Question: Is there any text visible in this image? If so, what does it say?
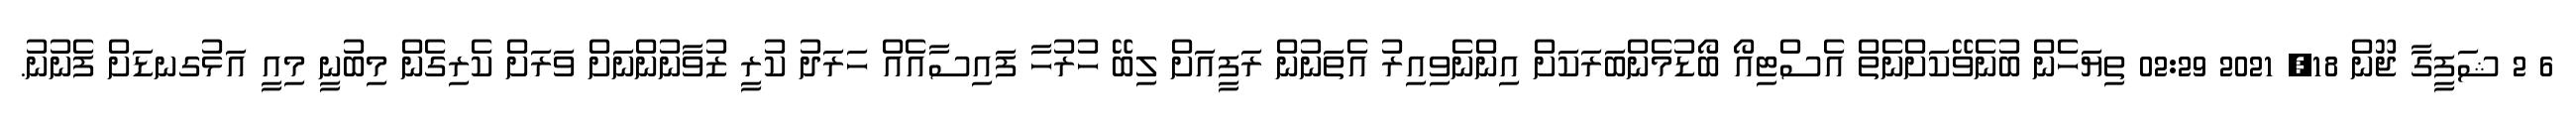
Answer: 6 2 ޝަފީގާ ޖޫން 18, 2021 02:29 ތިޔަހެން ބުނެވޭކަށްނެތް އެސްޓިއޯ ބޯޑުމެންބަރަކަށް އިންނެވިއިރު އެތަނުން ރަފީއަށް ލިބޭ ހުރުހާ ފައިސާއެއް ހަރަދު ކުރީ ޒުވާނުންނަށް ވަރަށް ކެރިގެން މިބުނީ މިއީ އަޅުގނޑަށް ފެނުނު.